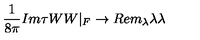
{ \frac { 1 } { 8 \pi } } I m \tau W W | _ { F } \rightarrow R e m _ { \lambda } \lambda \lambda